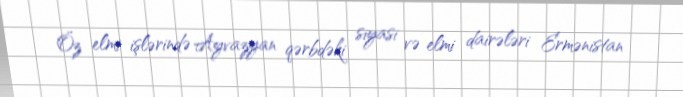
Öz elmi işlərində Ayvazyan qərbdəki siyasi və elmi dairələri Ermənistan